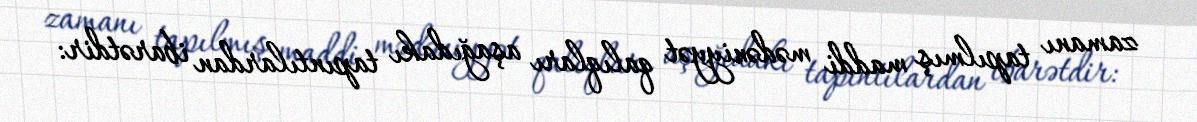
zamanı tapılmış maddi mədəniyyət qalıqları aşağıdakı tapıntılardan ibarətdir: